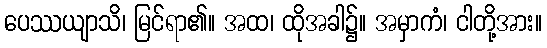
ပေဿယျာသိ၊ မြင်ရာ၏။ အထ၊ ထိုအခါ၌။ အမှာကံ၊ ငါတို့အား။